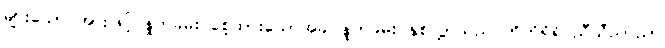
များသော အားဖြင့် နှုတ်ခမ်း စေ့ထားသောအခါ နှုတ်ခမ်း နှစ်လွှာသည် တိတိရိရိ ညီညီညာညာ